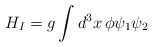
\begin{align*}H_I=g\int {d^3x\,\phi \psi _1\psi _2}\end{align*}